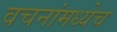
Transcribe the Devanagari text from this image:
वचनांमध्येच